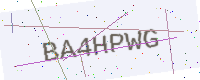
Text: BA4HPWG